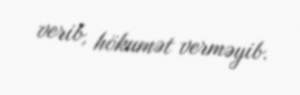
verib, hökumət verməyib.